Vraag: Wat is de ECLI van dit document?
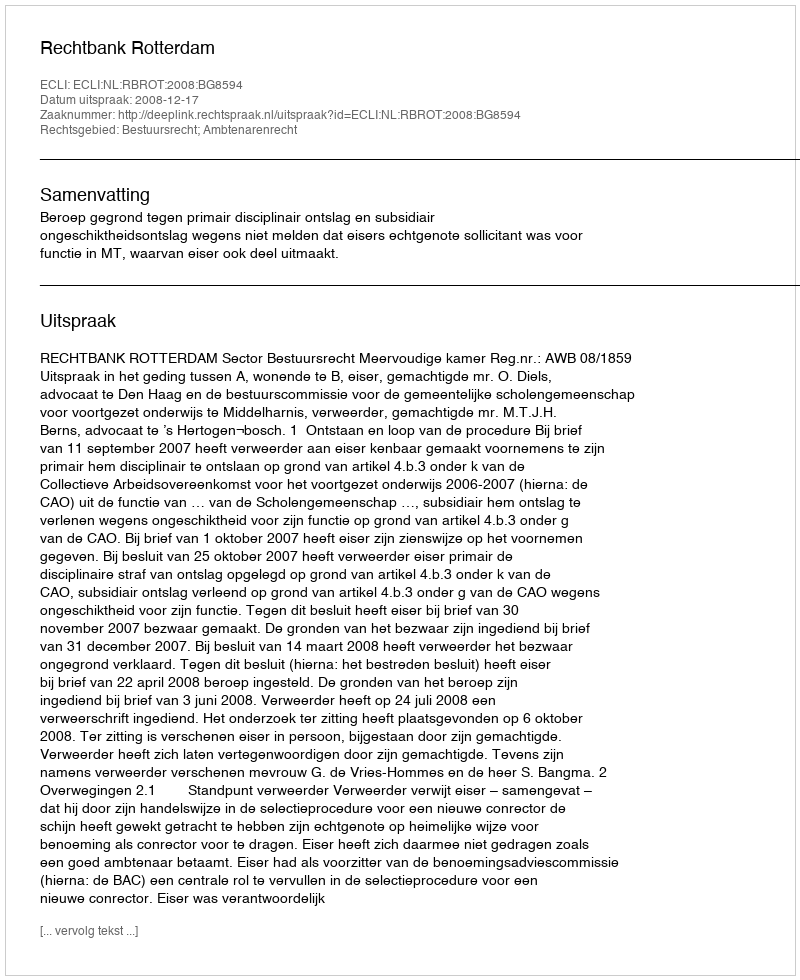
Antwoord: ECLI:NL:RBROT:2008:BG8594